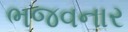
ભજવનાર